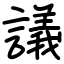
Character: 議